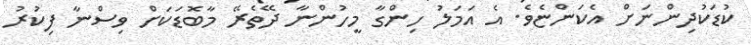
ކުޑަކުދިންނަށް އެކަންޏެވެ. އެ އަމަލު ހިންގާ މީހުންނާ ދޭތެރޭ މާބޮޑަކަށް ވިސްނާ ފިކުރު